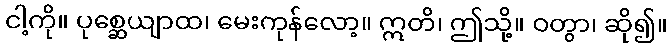
ငါ့ကို။ ပုစ္ဆေယျာထ၊ မေးကုန်လော့။ ဣတိ၊ ဤသို့။ ဝတွာ၊ ဆို၍။